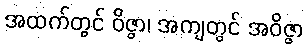
အထက်တွင် ဝိဇ္ဇာ၊ အကျတွင် အဝိဇ္ဇာ